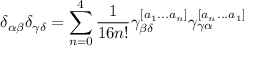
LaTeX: \delta _ { \alpha \beta } \delta _ { \gamma \delta } = \sum _ { n = 0 } ^ { 4 } { \frac { 1 } { 1 6 n ! } } \gamma _ { \beta \delta } ^ { [ a _ { 1 } . . . a _ { n } ] } \gamma _ { \gamma \alpha } ^ { [ a _ { n } . . . a _ { 1 } ] }